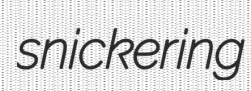
snickering